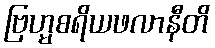
ဗြဟ္မစရိယဖလာနီတိ